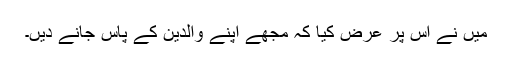
مَیں نے اس پر عرض کیا کہ مجھے اپنے والدین کے پاس جانے دیں۔